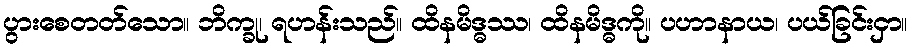
ပွားစေတတ်သော။ ဘိက္ခု၊ ရဟန်းသည်။ ထိနမိဒ္ဓဿ၊ ထိနမိဒ္ဓကို။ ပဟာနာယ၊ ပယ်ခြင်းငှာ။